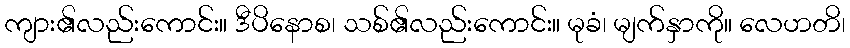
ကျား၏လည်းကောင်း။ ဒီပိနောစ၊ သစ်၏လည်းကောင်း။ မုခံ၊ မျက်နှာကို။ လေဟတိ၊